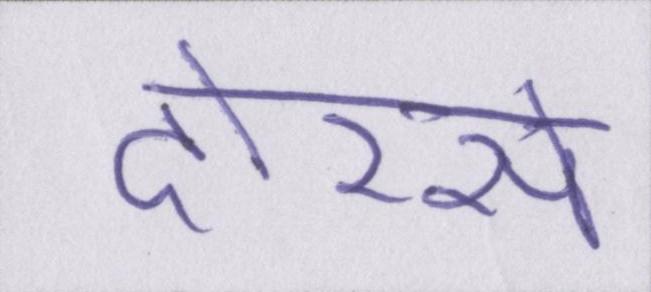
दोरसे